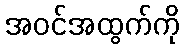
အဝင်အထွက်ကို